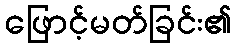
ဖြောင့်မတ်ခြင်း၏